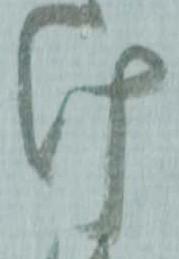
け